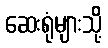
ဆေးရုံများသို့